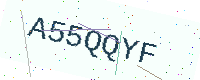
Text: A55QQYF